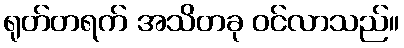
ရုတ်တရက် အသိတခု ဝင်လာသည်။